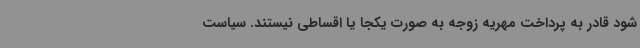
شود قادر به پرداخت مهریه زوجه به صورت یکجا یا اقساطی نیستند. سیاست